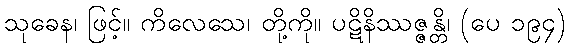
သုခေန၊ ဖြင့်။ ကိလေသေ၊ တို့ကို။ ပဋိနိဿဇ္ဇန္တိ၊ (ပေ ၁၉၄)